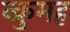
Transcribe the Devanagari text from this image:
न्क्रुमह